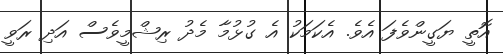
އޮތީ ޔަގީންވެފަ އެވެ. އެކަމަކު އެ ގުޅުމާ މެދު ރިޝްމީވެސް އަދި ރަވީ